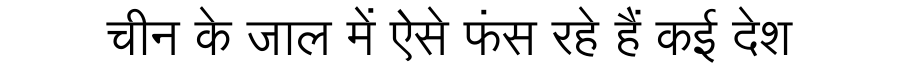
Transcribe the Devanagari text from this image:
चीन के जाल में ऐसे फंस रहे हैं कई देश